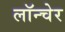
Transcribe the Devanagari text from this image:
लॉन्चेर